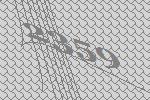
2359